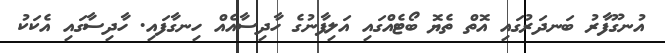
އުނގޫފާރު ބަނދަރުގައި އޮތް ތެޔޮ ބޯޓެއްގައި އަލިފާނުގެ ހާދިސާއެއް ހިނގާފައި. ހާދިސާގައި އެކަކު